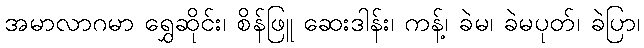
အမာလာဂမာ ရွှေဆိုင်း၊ စိန်ဖြူ ဆေးဒါန်း၊ ကန့်၊ ခဲမ၊ ခဲမပုတ်၊ ခဲပြာ၊